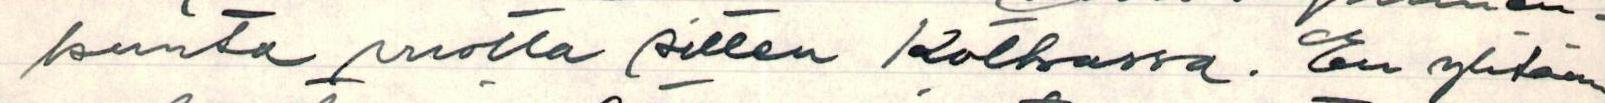
kunta vuotta sitten Kotkassa. En yhtään